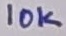
Text: 10K